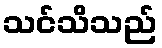
သင်သိသည်